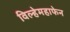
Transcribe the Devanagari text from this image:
विल्हेमहाफेन